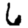
Digit: 6